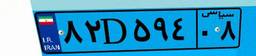
۷۹D۹۸۸۹۲